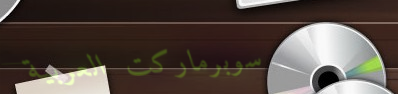
سوبرماركت العربية